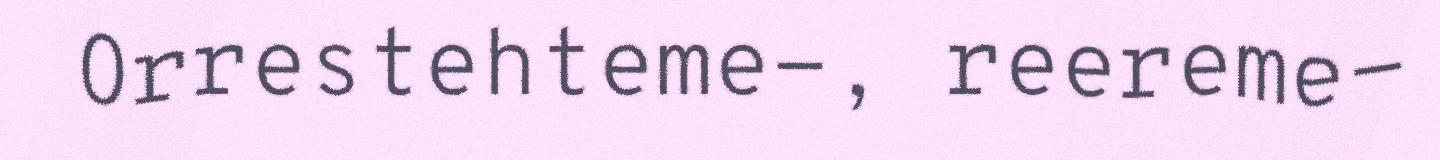
Orrestehteme-, reereme-